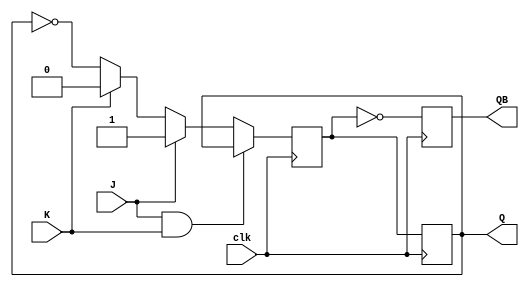
module positive_edge_jk_ff (
    input wire clk,
    input wire J,
    input wire K,
    output reg Q,
    output reg QB
);

reg Q_next;

always @(posedge clk) begin
    if (J && K) begin
        Q_next <= Q;
    end else if (J) begin
        Q_next <= 1'b1;
    end else if (K) begin
        Q_next <= 1'b0;
    end else begin
        Q_next <= ~Q;
    end
end

always @(posedge clk) begin
    Q <= Q_next;
    QB <= ~Q_next;
end

endmodule